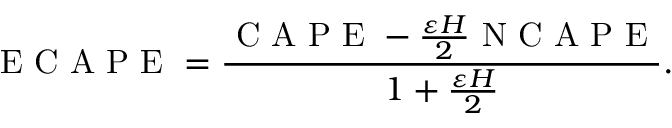
\mathrm { ~ E ~ C ~ A ~ P ~ E ~ } = \frac { \mathrm { ~ C ~ A ~ P ~ E ~ } - \frac { \varepsilon H } { 2 } \mathrm { ~ N ~ C ~ A ~ P ~ E ~ } } { 1 + \frac { \varepsilon H } { 2 } } .